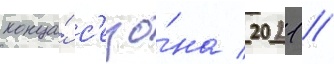
конца́ с'езо́на 2021 //